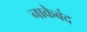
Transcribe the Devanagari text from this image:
नाकेबंद